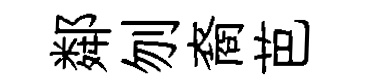
鄰刎裔芭